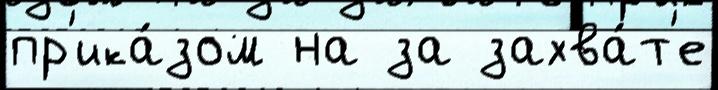
пр'ика́зом на за захва́т'е